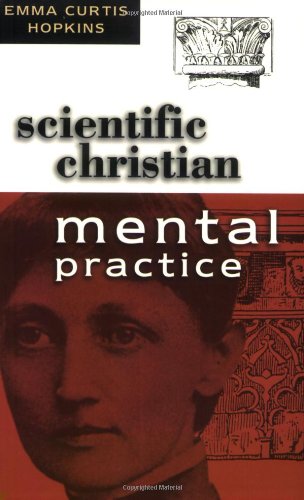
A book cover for Scientific Christian Mental Practice; Emma Curtis Hopkins; Christian Books & Bibles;